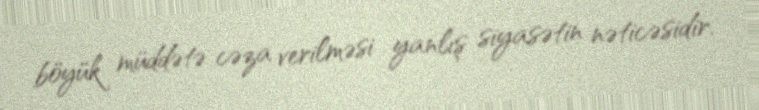
böyük müddətə cəza verilməsi yanlış siyasətin nəticəsidir.